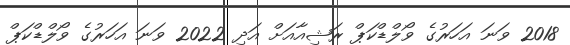
2018 ވަނަ އަހަރުގެ ވޯލްޑްކަޕް ރަޝިއާއަށް އަދި 2022 ވަނަ އަހަރުގެ ވޯލްޑްކަޕް